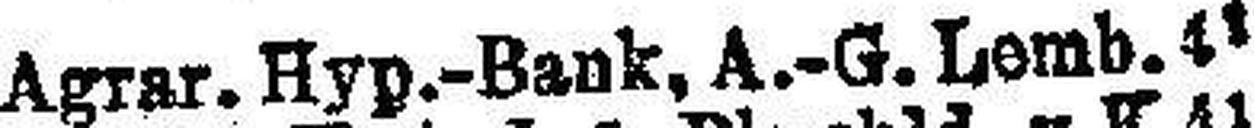
Agrar. Hyp.-Bank, A.-G. Lomb. 4½